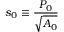
s _ { 0 } \equiv \frac { P _ { 0 } } { \sqrt { A _ { 0 } } }